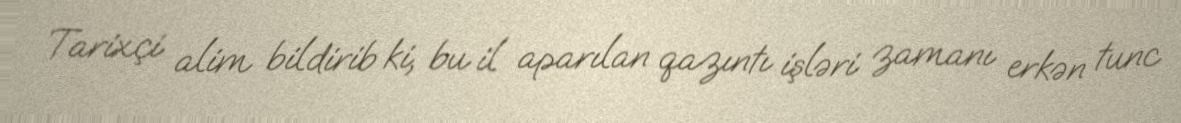
Tarixçi alim bildirib ki, bu il aparılan qazıntı işləri zamanı erkən tunc